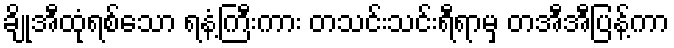
ချိုအီထုံရစ်သော ရနံ့ကြီးကား တသင်းသင်းရီရာမှ တအီအီပြန့်ကာ